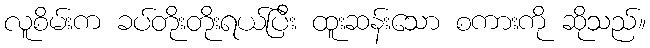
လူစိမ်းက ခပ်တိုးတိုးရယ်ပြီး ထူးဆန်းသော စကားကို ဆိုသည်။